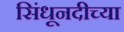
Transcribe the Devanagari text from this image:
सिंधूनदीच्या